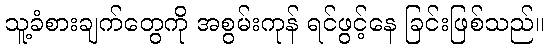
သူ့ခံစားချက်တွေကို အစွမ်းကုန် ရင်ဖွင့်နေ ခြင်းဖြစ်သည်။